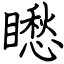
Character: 矁